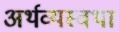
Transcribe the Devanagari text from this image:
अर्थव्यस्वथा